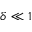
\delta \ll 1